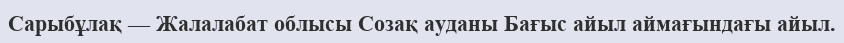
Сарыбұлақ — Жалалабат облысы Созақ ауданы Бағыс айыл аймағындағы айыл.